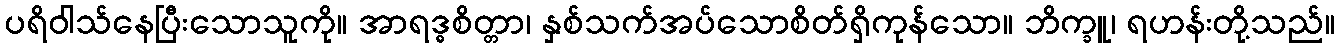
ပရိဝါသ်နေပြီးသောသူကို။ အာရဒ္ဓစိတ္တာ၊ နှစ်သက်အပ်သောစိတ်ရှိကုန်သော။ ဘိက္ခူ၊ ရဟန်းတို့သည်။